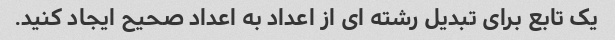
یک تابع برای تبدیل رشته ای از اعداد به اعداد صحیح ایجاد کنید.